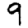
Digit: 9